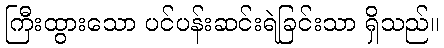
ကြီးထွားသော ပင်ပန်းဆင်းရဲခြင်းသာ ရှိသည်။